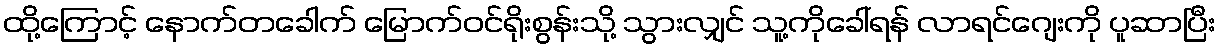
ထို့ကြောင့် နောက်တခေါက် မြောက်ဝင်ရိုးစွန်းသို့ သွားလျှင် သူ့ကိုခေါ်ရန် လာရင်ဂျေးကို ပူဆာပြီး